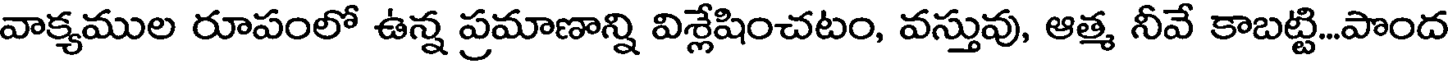
వాక్యముల రూపంలో ఉన్న ప్రమాణాన్ని విశ్లేషించటం, వస్తువు, ఆత్మ నీవే కాబట్టి...పొంద